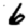
Digit: 6